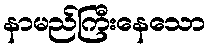
နာမည်ကြီးနေသော